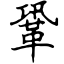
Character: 鞏